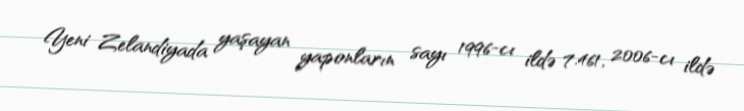
Yeni Zelandiyada yaşayan yaponların sayı 1996-cı ildə 7.461, 2006-cı ildə